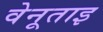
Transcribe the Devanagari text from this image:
वेनूताइ